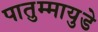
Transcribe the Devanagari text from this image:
पातुम्मायुडे